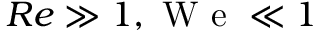
R e \gg 1 , \mathrm { ~ W ~ e ~ } \ll 1